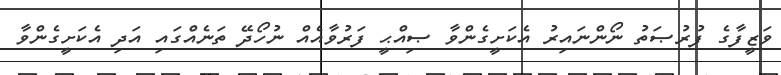
ވަޒީފާގެ ފުރުޞަތު ނޯންނައިރު އެކަށީގެންވާ ޞިއްޙީ ފަރުވާއެއް ނުހޯދޭ ތަނެއްގައި އަދި އެކަށީގެންވާ